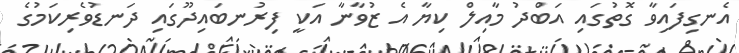
އެނގިފައިވާ ގޮތުގައި އަބްދު މާއިލް ކިޔާ އެ ޒުވާނާ އަކީ ފިރުނބައިދޫގައި ދަނޑުވެރިކަމުގެ